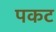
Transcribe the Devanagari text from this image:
पकट